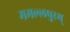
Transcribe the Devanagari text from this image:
ममल्लपुरम्